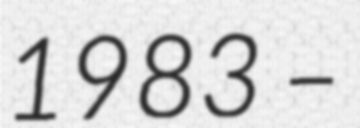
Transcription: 1983 –